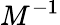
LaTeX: M^{-1}